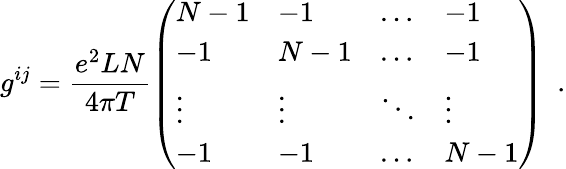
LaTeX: g^{ij}=\frac{e^{2}LN}{4\pi T}\left(\begin{array}{llll}{{N-1}}&{{-1}}&{{\ldots}}&{{-1}}\\ {{-1}}&{{N-1}}&{{\ldots}}&{{-1}}\\ {{\vdots}}&{{\vdots}}&{{\ddots}}&{{\vdots}}\\ {{-1}}&{{-1}}&{{\ldots}}&{{N-1}}\end{array}\right)\ \ .